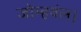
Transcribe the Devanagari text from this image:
जोम्हवंल।